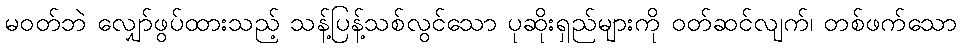
မဝတ်ဘဲ လျှော်ဖွပ်ထားသည့် သန့်ပြန့်သစ်လွင်သော ပုဆိုးရှည်များကို ဝတ်ဆင်လျက်၊ တစ်ဖက်သော